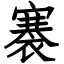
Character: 褰